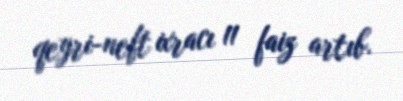
qeyri-neft ixracı 11 faiz artıb.